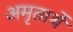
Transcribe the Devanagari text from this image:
अमृतार्थे